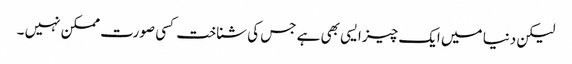
لیکن دنیا میں ایک چیز ایسی بھی ہے جس کی شناخت کسی صورت ممکن نہیں ۔